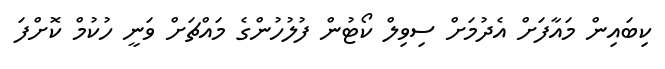
ކިބައިން މައާފަށް އެދުމަށް ސިވިލް ކޯޓުން ފުލުހުންގެ މައްޗަށް ވަނީ ހުކުމް ކޮށްފަ